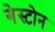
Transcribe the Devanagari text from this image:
गेस्टोन